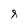
Character: 8